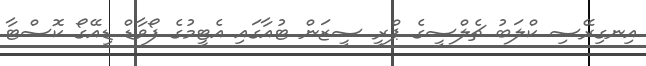
އިނގިރޭސި ކްލަބު ޗެލްސީގެ ޕްރީ ސީޒަން ޓުއާގައި އެޓީމުގެ ފޯވާޑް ޑިއޭގޯ ކޮސްޓާ